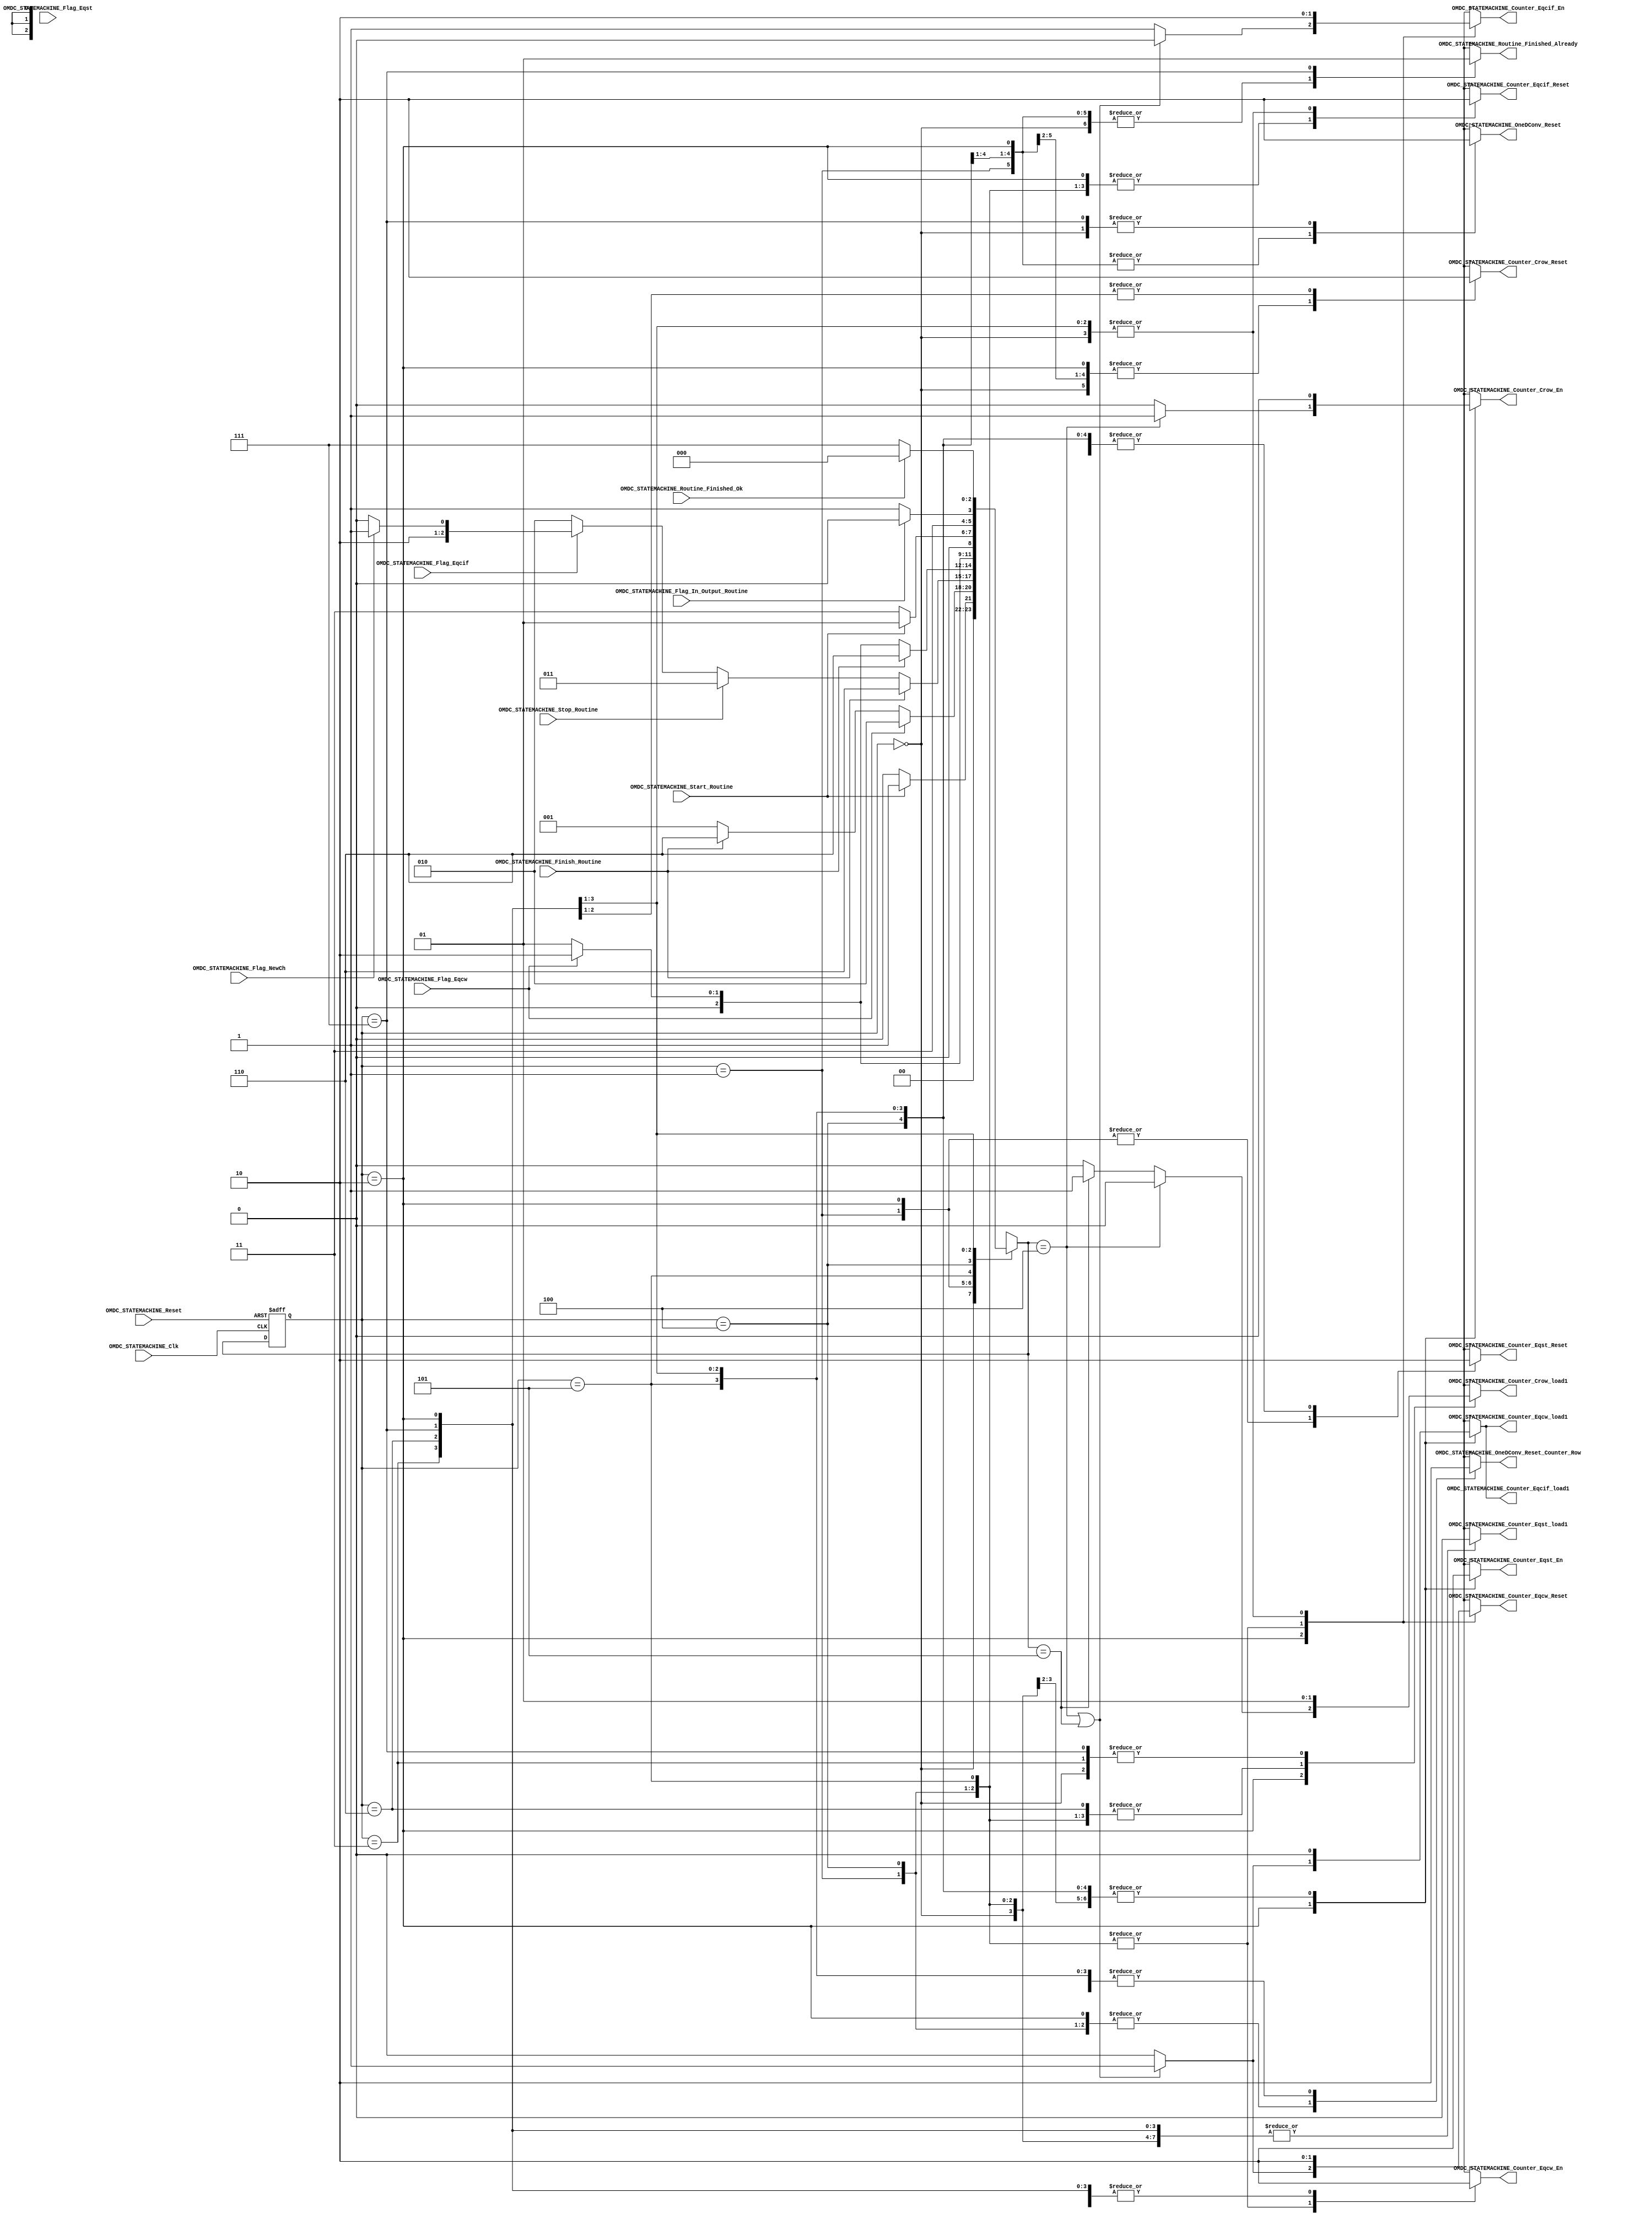
/*#########################################################################
//# On-chip fifo memory dataflow controller state machine 
//#########################################################################
//#
//# Copyright (C) 2021 Jose Maria Jaramillo Hoyos 
//# 
//# This program is free software: you can redistribute it and/or modify
//# it under the terms of the GNU General Public License as published by
//# the Free Software Foundation, either version 3 of the License, or
//# (at your option) any later version.
//#
//# This program is distributed in the hope that it will be useful,
//# but WITHOUT ANY WARRANTY; without even the implied warranty of
//# MERCHANTABILITY or FITNESS FOR A PARTICULAR PURPOSE.  See the
//# GNU General Public License for more details.
//#
//# You should have received a copy of the GNU General Public License
//# along with this program.  If not, see <https://www.gnu.org/licenses/>.
//#
//########################################################################*/

module OMDC_STATEMACHINE(

/////////// INPUTS //////////
OMDC_STATEMACHINE_Clk,
OMDC_STATEMACHINE_Reset,
OMDC_STATEMACHINE_Start_Routine,
OMDC_STATEMACHINE_Stop_Routine,
OMDC_STATEMACHINE_Finish_Routine,
OMDC_STATEMACHINE_Routine_Finished_Ok,
OMDC_STATEMACHINE_Flag_Eqcw,
OMDC_STATEMACHINE_Flag_Eqst,
OMDC_STATEMACHINE_Flag_Eqcif,
OMDC_STATEMACHINE_Flag_NewCh,
OMDC_STATEMACHINE_Flag_In_Output_Routine,


//////////// OUTPUTS //////////
OMDC_STATEMACHINE_Routine_Finished_Already,
OMDC_STATEMACHINE_OneDConv_Reset,
OMDC_STATEMACHINE_OneDConv_Reset_Counter_Row,
OMDC_STATEMACHINE_Counter_Eqcw_En,
OMDC_STATEMACHINE_Counter_Eqcw_Reset,
OMDC_STATEMACHINE_Counter_Eqcw_load1,
OMDC_STATEMACHINE_Counter_Eqst_En,
OMDC_STATEMACHINE_Counter_Eqst_Reset,
OMDC_STATEMACHINE_Counter_Eqst_load1,
OMDC_STATEMACHINE_Counter_Crow_En,
OMDC_STATEMACHINE_Counter_Crow_Reset,
OMDC_STATEMACHINE_Counter_Crow_load1,
OMDC_STATEMACHINE_Counter_Eqcif_En,
OMDC_STATEMACHINE_Counter_Eqcif_Reset,
OMDC_STATEMACHINE_Counter_Eqcif_load1

);

//=======================================================
//  State declarations
//=======================================================

localparam State_reset = 0;
localparam State_count_w_colums = 1;
localparam State_count_stride = 2;
localparam State_Routine_Stoped = 3;
localparam State_count_row = 4;
localparam State_reset_count_row = 5;
localparam State_waiting_finish = 6;
localparam State_finish = 7;

//=======================================================
//  PORT declarations
//=======================================================

input OMDC_STATEMACHINE_Clk;
input OMDC_STATEMACHINE_Reset;
input OMDC_STATEMACHINE_Start_Routine;
input OMDC_STATEMACHINE_Stop_Routine;
input OMDC_STATEMACHINE_Finish_Routine;
input OMDC_STATEMACHINE_Routine_Finished_Ok;
input OMDC_STATEMACHINE_Flag_Eqcw;
input OMDC_STATEMACHINE_Flag_Eqst;
input OMDC_STATEMACHINE_Flag_Eqcif;
input OMDC_STATEMACHINE_Flag_NewCh;
input OMDC_STATEMACHINE_Flag_In_Output_Routine;
output reg OMDC_STATEMACHINE_Routine_Finished_Already;
output reg OMDC_STATEMACHINE_OneDConv_Reset;
output reg OMDC_STATEMACHINE_OneDConv_Reset_Counter_Row;
output reg OMDC_STATEMACHINE_Counter_Eqcw_En;
output reg OMDC_STATEMACHINE_Counter_Eqcw_Reset;
output reg OMDC_STATEMACHINE_Counter_Eqcw_load1;
output reg OMDC_STATEMACHINE_Counter_Eqst_En;
output reg OMDC_STATEMACHINE_Counter_Eqst_Reset;
output reg OMDC_STATEMACHINE_Counter_Eqst_load1;
output reg OMDC_STATEMACHINE_Counter_Crow_En;
output reg OMDC_STATEMACHINE_Counter_Crow_Reset;
output reg OMDC_STATEMACHINE_Counter_Crow_load1;
output reg OMDC_STATEMACHINE_Counter_Eqcif_En;
output reg OMDC_STATEMACHINE_Counter_Eqcif_Reset;
output reg OMDC_STATEMACHINE_Counter_Eqcif_load1;

//=======================================================
//  REG/WIRE DECLARATIONS
//=======================================================
reg [2:0] State_Register;
reg [2:0] State_Signal;



// Next state combinational logic
always @(*)
begin
	
	case(State_Register)
		
		State_reset: if(OMDC_STATEMACHINE_Start_Routine)
								State_Signal=State_count_w_colums;
						 else
								State_Signal=State_reset;
		
		State_count_w_colums: if(OMDC_STATEMACHINE_Flag_Eqcw)
										State_Signal=State_count_stride;
									 else if(OMDC_STATEMACHINE_Finish_Routine)
										State_Signal= State_waiting_finish;
									 else
										State_Signal=State_count_w_colums;
		
		State_count_stride: if(!OMDC_STATEMACHINE_Finish_Routine) begin
					
										if(!OMDC_STATEMACHINE_Stop_Routine) begin
											
											if(OMDC_STATEMACHINE_Flag_Eqcif) begin
													
													if(OMDC_STATEMACHINE_Flag_NewCh)
														State_Signal=State_reset_count_row;
													else
														State_Signal=State_count_row;
											end
											
											else
												State_Signal=State_count_stride;
										end
										
										else
											State_Signal=State_Routine_Stoped;
								  end
								  
									else
										State_Signal=State_waiting_finish;
		
		
		State_reset_count_row: if(OMDC_STATEMACHINE_Finish_Routine)
											State_Signal=State_waiting_finish;
									  else if(OMDC_STATEMACHINE_Flag_Eqcw)
											State_Signal=State_count_stride;
									  else
											State_Signal = State_count_w_colums;
		
		State_count_row: if(OMDC_STATEMACHINE_Flag_Eqcw)
									State_Signal=State_count_stride;
								else
									State_Signal = State_count_w_colums;
	
			
		State_Routine_Stoped: if(OMDC_STATEMACHINE_Start_Routine)
										State_Signal=State_count_w_colums;
									 else
										State_Signal=State_Routine_Stoped;
		
		
		State_waiting_finish: if(!OMDC_STATEMACHINE_Flag_In_Output_Routine)
										State_Signal=State_finish;
									 else
										State_Signal=State_waiting_finish;
										
			
		State_finish: if(OMDC_STATEMACHINE_Routine_Finished_Ok)	
							State_Signal=State_reset;
						  else
							State_Signal=State_finish;
			
			
		default : State_Signal = State_reset;
			
		
	endcase
	
	
end

// Sequential Logic
always @ (posedge OMDC_STATEMACHINE_Clk , negedge OMDC_STATEMACHINE_Reset)
begin
	if (!OMDC_STATEMACHINE_Reset)
		State_Register <= State_reset;
	else
		State_Register <= State_Signal;
end



// COMBINATIONAL OUTPUT LOGIC
always @ (*)
begin
	
	case(State_Register)
	
		State_reset:
		begin
			OMDC_STATEMACHINE_Routine_Finished_Already=0;
			OMDC_STATEMACHINE_OneDConv_Reset=0;
			OMDC_STATEMACHINE_OneDConv_Reset_Counter_Row=0;
			OMDC_STATEMACHINE_Counter_Eqcw_En=0;
			OMDC_STATEMACHINE_Counter_Eqcw_load1=0;
			OMDC_STATEMACHINE_Counter_Eqcw_Reset=0;
			OMDC_STATEMACHINE_Counter_Eqst_En=0;
			OMDC_STATEMACHINE_Counter_Eqst_load1=0;
			OMDC_STATEMACHINE_Counter_Eqst_Reset=0;
			OMDC_STATEMACHINE_Counter_Crow_En=0;
			OMDC_STATEMACHINE_Counter_Crow_load1=1;
			OMDC_STATEMACHINE_Counter_Crow_Reset=1;
			OMDC_STATEMACHINE_Counter_Eqcif_En=0;
			OMDC_STATEMACHINE_Counter_Eqcif_load1=0;
			OMDC_STATEMACHINE_Counter_Eqcif_Reset=0;
		end
			
		State_count_w_colums:
		
		begin
		
			OMDC_STATEMACHINE_Routine_Finished_Already=0;
			OMDC_STATEMACHINE_OneDConv_Reset=1;
			OMDC_STATEMACHINE_OneDConv_Reset_Counter_Row=1;
			OMDC_STATEMACHINE_Counter_Eqcw_En=1;
			OMDC_STATEMACHINE_Counter_Eqcw_load1=0;
			OMDC_STATEMACHINE_Counter_Eqcw_Reset=1;
			OMDC_STATEMACHINE_Counter_Eqst_En=0;
			OMDC_STATEMACHINE_Counter_Eqst_load1=0;
			OMDC_STATEMACHINE_Counter_Eqst_Reset=1;
			OMDC_STATEMACHINE_Counter_Crow_En=0;
			OMDC_STATEMACHINE_Counter_Crow_load1=0;
			OMDC_STATEMACHINE_Counter_Crow_Reset=1;
			OMDC_STATEMACHINE_Counter_Eqcif_En=1;
			OMDC_STATEMACHINE_Counter_Eqcif_load1=0;
			OMDC_STATEMACHINE_Counter_Eqcif_Reset=1;
	
		end
		
		State_count_stride:
		begin
		
			OMDC_STATEMACHINE_Routine_Finished_Already=0;
			OMDC_STATEMACHINE_OneDConv_Reset=1;
			OMDC_STATEMACHINE_OneDConv_Reset_Counter_Row=1;
			OMDC_STATEMACHINE_Counter_Eqcw_En=0;
			
			
			if(State_Signal == State_count_row || State_Signal==State_reset_count_row )
			begin
				OMDC_STATEMACHINE_Counter_Eqcw_Reset=1;
				OMDC_STATEMACHINE_Counter_Eqcw_load1=1;
				OMDC_STATEMACHINE_Counter_Eqcif_En=0;
				OMDC_STATEMACHINE_Counter_Eqcif_load1=1;
				OMDC_STATEMACHINE_Counter_Eqcif_Reset=1;
			end
			else
			begin
				OMDC_STATEMACHINE_Counter_Eqcw_Reset=0;
				OMDC_STATEMACHINE_Counter_Eqcw_load1=0;	
				OMDC_STATEMACHINE_Counter_Eqcif_En=1;
				OMDC_STATEMACHINE_Counter_Eqcif_load1=0;
				OMDC_STATEMACHINE_Counter_Eqcif_Reset=1;
			end
			
			OMDC_STATEMACHINE_Counter_Eqst_En=1;
			OMDC_STATEMACHINE_Counter_Eqst_load1=0;
			OMDC_STATEMACHINE_Counter_Eqst_Reset=1;
			
			
			if(State_Signal == State_count_row)
			begin
				OMDC_STATEMACHINE_Counter_Crow_En=1;
				OMDC_STATEMACHINE_Counter_Crow_load1=0;
				OMDC_STATEMACHINE_Counter_Crow_Reset=1;
			
			end
			
			else if(State_Signal==State_reset_count_row)
			begin
				OMDC_STATEMACHINE_Counter_Crow_En=0;
				OMDC_STATEMACHINE_Counter_Crow_load1=1;
				OMDC_STATEMACHINE_Counter_Crow_Reset=1;
			end
			
			else
			begin
				OMDC_STATEMACHINE_Counter_Crow_En=0;
				OMDC_STATEMACHINE_Counter_Crow_load1=0;
				OMDC_STATEMACHINE_Counter_Crow_Reset=1;
			end
	
		end
		
		State_count_row:	
		begin
			
			OMDC_STATEMACHINE_Routine_Finished_Already=0;
			OMDC_STATEMACHINE_OneDConv_Reset=1;
			OMDC_STATEMACHINE_OneDConv_Reset_Counter_Row=1;
			OMDC_STATEMACHINE_Counter_Eqcw_En=1;
			OMDC_STATEMACHINE_Counter_Eqcw_load1=0;
			OMDC_STATEMACHINE_Counter_Eqcw_Reset=1;
			OMDC_STATEMACHINE_Counter_Eqst_En=0;
			OMDC_STATEMACHINE_Counter_Eqst_load1=0;
			OMDC_STATEMACHINE_Counter_Eqst_Reset=0;
			OMDC_STATEMACHINE_Counter_Crow_En=0;
			OMDC_STATEMACHINE_Counter_Crow_load1=0;
			OMDC_STATEMACHINE_Counter_Crow_Reset=1;
			OMDC_STATEMACHINE_Counter_Eqcif_En=1;
			OMDC_STATEMACHINE_Counter_Eqcif_load1=0;
			OMDC_STATEMACHINE_Counter_Eqcif_Reset=1;	
		end
			
		State_reset_count_row:
		
		begin
			OMDC_STATEMACHINE_Routine_Finished_Already=0;
			OMDC_STATEMACHINE_OneDConv_Reset=1;
			OMDC_STATEMACHINE_OneDConv_Reset_Counter_Row=0;
			OMDC_STATEMACHINE_Counter_Eqcw_En=1;
			OMDC_STATEMACHINE_Counter_Eqcw_load1=0;
			OMDC_STATEMACHINE_Counter_Eqcw_Reset=1;
			OMDC_STATEMACHINE_Counter_Eqst_En=0;
			OMDC_STATEMACHINE_Counter_Eqst_load1=0;
			OMDC_STATEMACHINE_Counter_Eqst_Reset=0;
			OMDC_STATEMACHINE_Counter_Crow_En=0;
			OMDC_STATEMACHINE_Counter_Crow_load1=0;
			OMDC_STATEMACHINE_Counter_Crow_Reset=1;
			OMDC_STATEMACHINE_Counter_Eqcif_En=1;
			OMDC_STATEMACHINE_Counter_Eqcif_load1=0;
			OMDC_STATEMACHINE_Counter_Eqcif_Reset=1;	
		end
	
		State_Routine_Stoped:	
		begin
			OMDC_STATEMACHINE_Routine_Finished_Already=0;
			OMDC_STATEMACHINE_OneDConv_Reset=1;
			OMDC_STATEMACHINE_OneDConv_Reset_Counter_Row=0;
			OMDC_STATEMACHINE_Counter_Eqcw_En=0;
			OMDC_STATEMACHINE_Counter_Eqcw_load1=0;
			OMDC_STATEMACHINE_Counter_Eqcw_Reset=0;
			OMDC_STATEMACHINE_Counter_Eqst_En=0;
			OMDC_STATEMACHINE_Counter_Eqst_load1=0;
			OMDC_STATEMACHINE_Counter_Eqst_Reset=0;
			OMDC_STATEMACHINE_Counter_Crow_En=0;
			OMDC_STATEMACHINE_Counter_Crow_load1=1;
			OMDC_STATEMACHINE_Counter_Crow_Reset=1;
			OMDC_STATEMACHINE_Counter_Eqcif_En=0;
			OMDC_STATEMACHINE_Counter_Eqcif_load1=0;
			OMDC_STATEMACHINE_Counter_Eqcif_Reset=0;
		end
		
		
		State_waiting_finish:
		begin
		
			OMDC_STATEMACHINE_Routine_Finished_Already=0;
			OMDC_STATEMACHINE_OneDConv_Reset=1;
			OMDC_STATEMACHINE_OneDConv_Reset_Counter_Row=0;
			OMDC_STATEMACHINE_Counter_Eqcw_En=0;
			OMDC_STATEMACHINE_Counter_Eqcw_load1=0;
			OMDC_STATEMACHINE_Counter_Eqcw_Reset=0;
			OMDC_STATEMACHINE_Counter_Eqst_En=0;
			OMDC_STATEMACHINE_Counter_Eqst_load1=0;
			OMDC_STATEMACHINE_Counter_Eqst_Reset=0;
			OMDC_STATEMACHINE_Counter_Crow_En=0;
			OMDC_STATEMACHINE_Counter_Crow_load1=0;
			OMDC_STATEMACHINE_Counter_Crow_Reset=0;
			OMDC_STATEMACHINE_Counter_Eqcif_En=0;
			OMDC_STATEMACHINE_Counter_Eqcif_load1=0;
			OMDC_STATEMACHINE_Counter_Eqcif_Reset=0;
		end
		
		
		State_finish:
		begin
			
			OMDC_STATEMACHINE_Routine_Finished_Already=1;
			OMDC_STATEMACHINE_OneDConv_Reset=0;
			OMDC_STATEMACHINE_OneDConv_Reset_Counter_Row=0;
			OMDC_STATEMACHINE_Counter_Eqcw_En=0;
			OMDC_STATEMACHINE_Counter_Eqcw_load1=0;
			OMDC_STATEMACHINE_Counter_Eqcw_Reset=0;
			OMDC_STATEMACHINE_Counter_Eqst_En=0;
			OMDC_STATEMACHINE_Counter_Eqst_load1=0;
			OMDC_STATEMACHINE_Counter_Eqst_Reset=0;
			OMDC_STATEMACHINE_Counter_Crow_En=0;
			OMDC_STATEMACHINE_Counter_Crow_load1=1;
			OMDC_STATEMACHINE_Counter_Crow_Reset=0;
			OMDC_STATEMACHINE_Counter_Eqcif_En=0;
			OMDC_STATEMACHINE_Counter_Eqcif_load1=0;
			OMDC_STATEMACHINE_Counter_Eqcif_Reset=0;
		
		end
		
		
	default:
	begin
			OMDC_STATEMACHINE_Routine_Finished_Already=0;
			OMDC_STATEMACHINE_OneDConv_Reset=0;
			OMDC_STATEMACHINE_OneDConv_Reset_Counter_Row=0;
			OMDC_STATEMACHINE_Counter_Eqcw_En=0;
			OMDC_STATEMACHINE_Counter_Eqcw_load1=0;
			OMDC_STATEMACHINE_Counter_Eqcw_Reset=0;
			OMDC_STATEMACHINE_Counter_Eqst_En=0;
			OMDC_STATEMACHINE_Counter_Eqst_load1=0;
			OMDC_STATEMACHINE_Counter_Eqst_Reset=0;
			OMDC_STATEMACHINE_Counter_Crow_En=0;
			OMDC_STATEMACHINE_Counter_Crow_load1=1;
			OMDC_STATEMACHINE_Counter_Crow_Reset=1;
			OMDC_STATEMACHINE_Counter_Eqcif_En=0;
			OMDC_STATEMACHINE_Counter_Eqcif_load1=0;
			OMDC_STATEMACHINE_Counter_Eqcif_Reset=0;
	end
	
	endcase
	
end

endmodule